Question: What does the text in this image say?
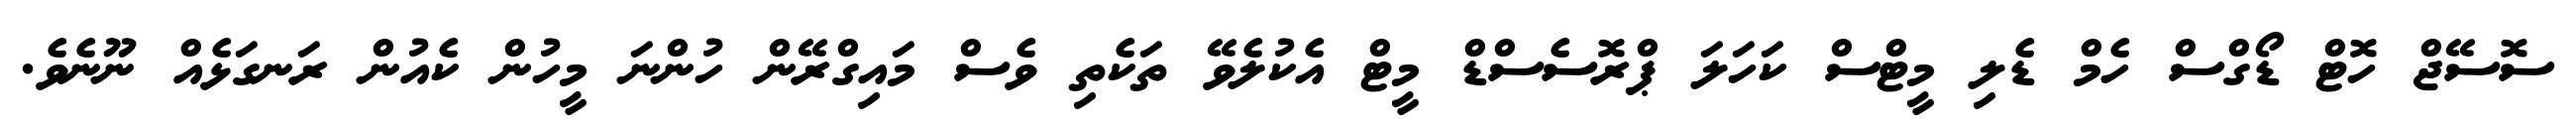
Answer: ސޮސޭޖް ހޮޓް ޑޯގްސް ހެމް ޑެލި މީޓްސް ކަހަލަ ޕްރޮސެސްޑް މީޓް އެކުލެވޭ ތަކެތި ވެސް މައިގްރޭން ހުންނަ މީހުން ކެއުން ރަނގަޅެއް ނޫނެވެ.